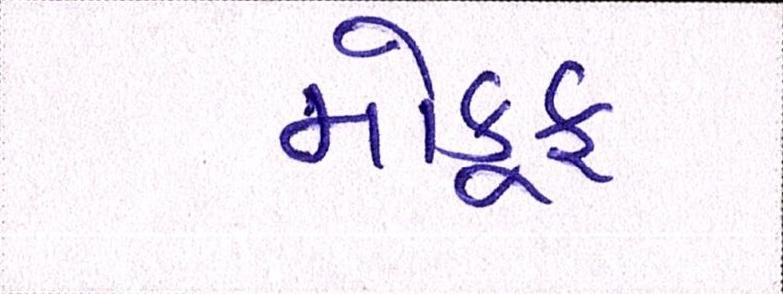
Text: મોકૂફ